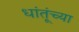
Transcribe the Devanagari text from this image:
धांतूंच्या